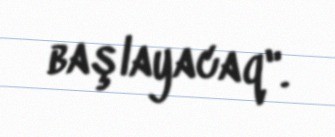
başlayacaq".